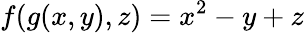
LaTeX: f(g(x,y),z)=x^{2}-y+z